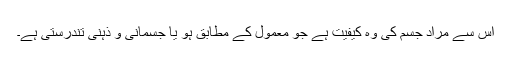
اس سے مراد جسم کی وہ کیفیت ہے جو معمول کے مطابق ہو یا جسمانی و ذہنی تندرستی ہے۔